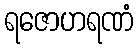
ရဇောဟရဏံ